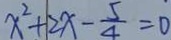
x ^ { 2 } + 2 x - \frac { 5 } { 4 } = 0